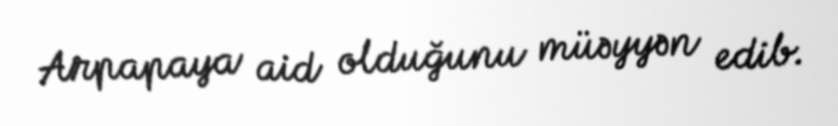
Arpapaya aid olduğunu müəyyən edib.